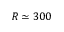
R \simeq 3 0 0